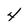
Character: 4